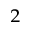
^ 2